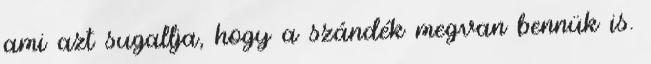
ami azt sugallja, hogy a szándék megvan bennük is.